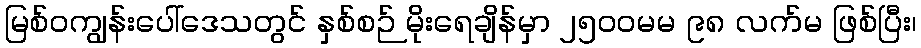
မြစ်ဝကျွန်းပေါ်ဒေသတွင် နှစ်စဉ် မိုးရေချိန်မှာ ၂၅၀၀မမ ၉၈ လက်မ ဖြစ်ပြီး၊